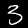
Digit: 3